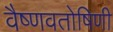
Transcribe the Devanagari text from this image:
वैष्णवतोषिणी